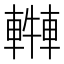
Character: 𨎓